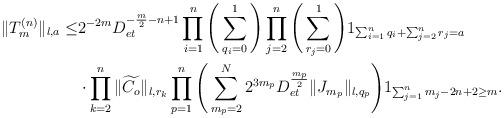
LaTeX: \begin{align*}\|T_m^{(n)}\|_{l,a}\le& 2^{-2m} D_{et}^{-\frac{m}{2}-n+1}\prod_{i=1}^n\Bigg(\sum_{q_i=0}^1\Bigg)\prod_{j=2}^n\Bigg(\sum_{r_j=0}^1\Bigg)1_{\sum_{i=1}^nq_i+\sum_{j=2}^nr_j=a}\\&\cdot\prod_{k=2}^n\|\widetilde{C_o}\|_{l,r_k}\prod_{p=1}^n\Bigg(\sum_{m_p=2}^N2^{3m_p} D_{et}^{\frac{m_p}{2}}\|J_{m_p}\|_{l,q_p}\Bigg)1_{\sum_{j=1}^nm_j-2n+2\ge m}.\end{align*}